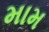
મામ